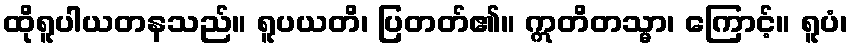
ထိုရူပါယတနသည်။ ရူပယတိ၊ ပြတတ်၏။ ဣတိတသ္မာ၊ ကြောင့်။ ရူပံ၊